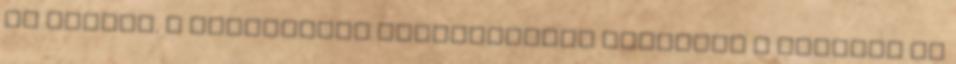
az ágyról. A fogantyúja engedelmesen csúszott a helyére és